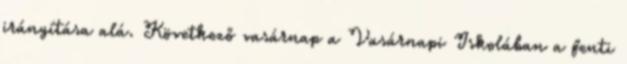
irányítása alá. Következő vasárnap a Vasárnapi Iskolában a fenti